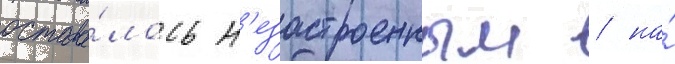
остава́лось н'езастроенным / на́